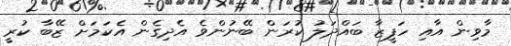
މާވިން އާއި ހަފީޒާ ބައްދަލު ކުރަން ބޭނުންވެ އެދިގެން އެކަމަށް ޒޭބާ ކުރީ